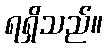
ရရှိသည်။